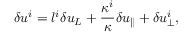
\delta u ^ { i } = l ^ { i } \delta u _ { L } + \frac { \kappa ^ { i } } { \kappa } \delta u _ { \parallel } + \delta u _ { \perp } ^ { i } ,